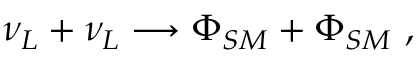
\nu _ { L } + \nu _ { L } \longrightarrow \Phi _ { S M } + \Phi _ { S M } \ ,